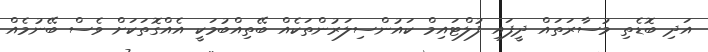
އަދި ބޮޑެތި މުސާރަތައް ދީފައި ފުލްޓައިމް ކައުންސިލަރުންތަކެއް ބޭތިއްބުމަކީ އެއްގޮތަކަށް ވެސް ބޭނުމެއް